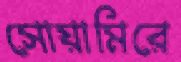
সোয়ামিরে